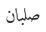
صلبان